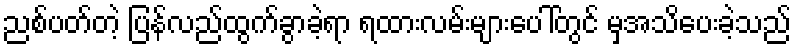
ညစ်ပတ်တဲ့ ပြန်လည်ထွက်ခွာခဲ့ရာ ရထားလမ်းများပေါ်တွင် မှအသိပေးခဲ့သည်